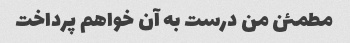
مطمئن من درست به آن خواهم پرداخت